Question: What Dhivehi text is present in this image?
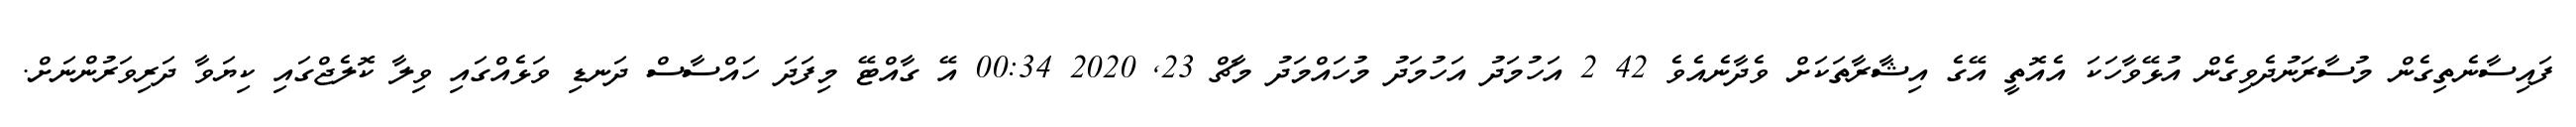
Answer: ފައިސާނެތިގެން މުސާރަނުދެވިގެން އުޅޭވާހަކަ އެއޮތީ އޭގެ އިޝާރާތަކަށް ވެދާނެއެވެ 42 2 އަހުމަދު އަހުމަދު މުހައްމަދު މާޗް 23, 2020 00:34 އޭ ގާއްޓޭ މިފަދަ ހައްސާސް ދަނޑި ވަޅެއްގައި ވިލާ ކޮލެޖްގައި ކިޔަވާ ދަރިވަރުންނަށް.